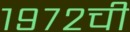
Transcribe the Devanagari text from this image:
१९७२ची